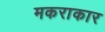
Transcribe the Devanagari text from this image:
मकराकार